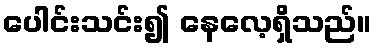
ပေါင်းသင်း၍ နေလေ့ရှိသည်။